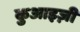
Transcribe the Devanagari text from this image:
कुआइज़ी